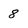
Character: 8